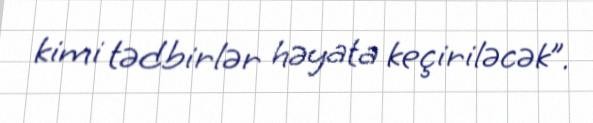
kimi tədbirlər həyata keçiriləcək”.